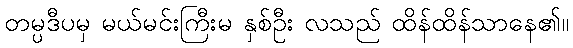
တမ္ပဒီပမှ မယ်မင်းကြီးမ နှစ်ဦး လသည် ထိန်ထိန်သာနေ၏။